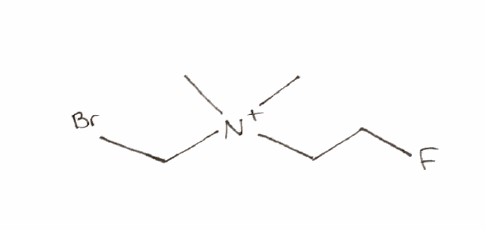
Simplified molecular-input line-entry system (SMILES) notation of the given molecule:
C[N+](C)(CCF)CBr